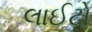
લાઈટો